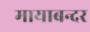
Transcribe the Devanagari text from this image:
मायाबन्दर